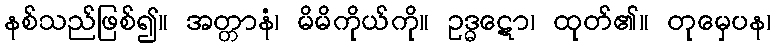
နစ်သည်ဖြစ်၍။ အတ္တာနံ၊ မိမိကိုယ်ကို။ ဥဒ္ဓဋော၊ ထုတ်၏။ တုမှေပန၊